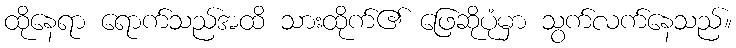
ထိုနေရာ ရောက်သည်အထိ သားထိုက်၏ ဖြေဆိုပုံမှာ သွက်လက်နေသည်။